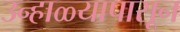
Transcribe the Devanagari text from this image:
उन्हाळ्यापासून